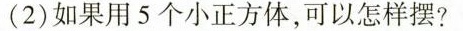
(2) 如果用 5 个小正方体，可以怎样摆?